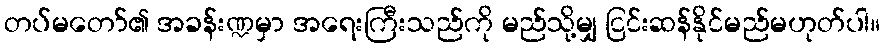
တပ်မတော်၏ အခန်းဏ္ဍမှာ အရေးကြီးသည်ကို မည်သို့မျှ ငြင်းဆန်နိုင်မည်မဟုတ်ပါ။